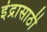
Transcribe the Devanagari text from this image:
इंद्रासाठी